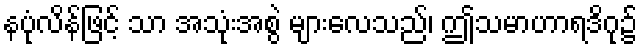
နပုံလိန်ဖြင့် သာ အသုံးအစွဲ များလေသည်၊ ဤသမာဟာရဒိဂု၌